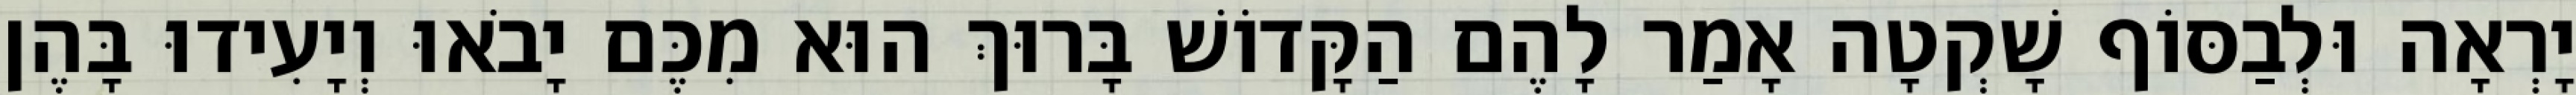
יָרְאָה וּלְבַסּוֹף שָׁקְטָה אָמַר לָהֶם הַקָּדוֹשׁ בָּרוּךְ הוּא מִכֶּם יָבֹאוּ וְיָעִידוּ בָּהֶן